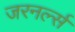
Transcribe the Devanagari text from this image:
जरनर्ल्स